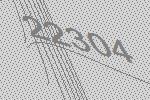
22304